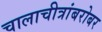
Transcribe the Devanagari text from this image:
चालाचीत्रांबरोबर